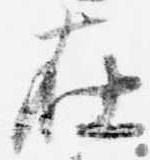
在